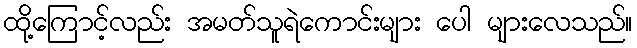
ထို့ကြောင့်လည်း အမတ်သူရဲကောင်းများ ပေါ များလေသည်။